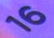
16